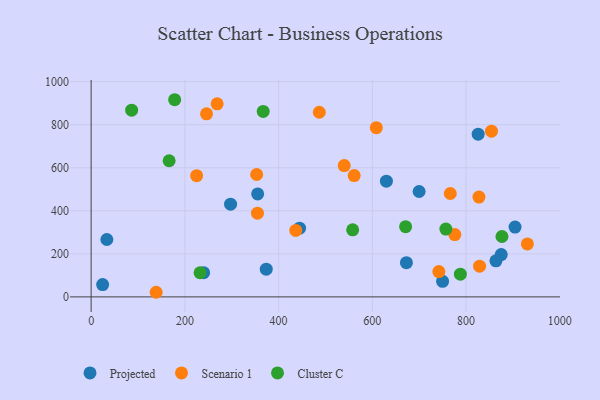
{"axis": {"x": "Ad Spend", "y": "Sales"}, "legend": ["Cluster C", "Projected", "Scenario 1"], "data": [{"x": "444.7", "y": 319.0, "type": "Projected"}, {"x": "355.3", "y": 478.4, "type": "Projected"}, {"x": "24.5", "y": 57.0, "type": "Projected"}, {"x": "699.8", "y": 489.6, "type": "Projected"}, {"x": "630.0", "y": 537.6, "type": "Projected"}, {"x": "672.7", "y": 158.8, "type": "Projected"}, {"x": "825.8", "y": 755.9, "type": "Projected"}, {"x": "33.5", "y": 266.7, "type": "Projected"}, {"x": "875.0", "y": 196.5, "type": "Projected"}, {"x": "240.0", "y": 112.4, "type": "Projected"}, {"x": "863.7", "y": 167.7, "type": "Projected"}, {"x": "749.9", "y": 72.3, "type": "Projected"}, {"x": "373.6", "y": 128.8, "type": "Projected"}, {"x": "904.5", "y": 324.1, "type": "Projected"}, {"x": "297.5", "y": 430.8, "type": "Projected"}, {"x": "540.0", "y": 610.0, "type": "Scenario 1"}, {"x": "741.9", "y": 117.8, "type": "Scenario 1"}, {"x": "776.0", "y": 289.7, "type": "Scenario 1"}, {"x": "827.5", "y": 463.8, "type": "Scenario 1"}, {"x": "854.2", "y": 769.8, "type": "Scenario 1"}, {"x": "486.8", "y": 857.7, "type": "Scenario 1"}, {"x": "766.3", "y": 480.3, "type": "Scenario 1"}, {"x": "353.2", "y": 568.7, "type": "Scenario 1"}, {"x": "246.2", "y": 850.7, "type": "Scenario 1"}, {"x": "268.9", "y": 897.1, "type": "Scenario 1"}, {"x": "828.8", "y": 142.6, "type": "Scenario 1"}, {"x": "930.8", "y": 245.9, "type": "Scenario 1"}, {"x": "138.7", "y": 21.4, "type": "Scenario 1"}, {"x": "561.2", "y": 563.7, "type": "Scenario 1"}, {"x": "608.5", "y": 786.2, "type": "Scenario 1"}, {"x": "436.6", "y": 308.7, "type": "Scenario 1"}, {"x": "225.1", "y": 563.3, "type": "Scenario 1"}, {"x": "354.9", "y": 389.1, "type": "Scenario 1"}, {"x": "232.4", "y": 112.2, "type": "Cluster C"}, {"x": "671.0", "y": 326.1, "type": "Cluster C"}, {"x": "367.1", "y": 861.8, "type": "Cluster C"}, {"x": "558.0", "y": 311.7, "type": "Cluster C"}, {"x": "787.8", "y": 105.5, "type": "Cluster C"}, {"x": "178.2", "y": 916.0, "type": "Cluster C"}, {"x": "756.9", "y": 314.8, "type": "Cluster C"}, {"x": "86.4", "y": 867.3, "type": "Cluster C"}, {"x": "876.6", "y": 280.6, "type": "Cluster C"}, {"x": "166.4", "y": 632.5, "type": "Cluster C"}]}